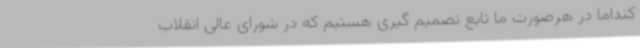
کنداما در هرصورت ما تابع تصمیم گیری هستیم که در شورای عالی انقلاب